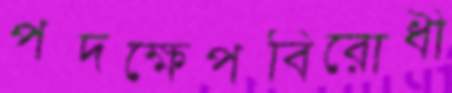
পদক্ষেপবিরোধী